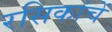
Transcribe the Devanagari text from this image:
रसिकांचें